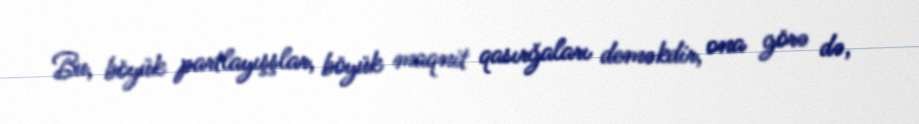
Bu, böyük partlayışşlar, böyük maqnit qasırğaları deməkdir, ona görə də,